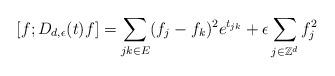
LaTeX: \begin{align*}[f; D_{d,\epsilon}(t)f] = \sum_{jk\in E}(f_j - f_k)^2e^{t_{jk}}+\epsilon\sum_{j \in \mathbb{Z}^d} f_j^2\end{align*}